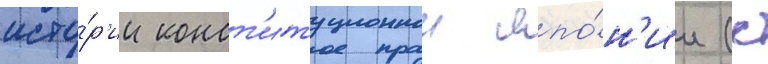
исто́р'ии конст'итуционнои япо́н'ии (с